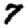
Digit: 7